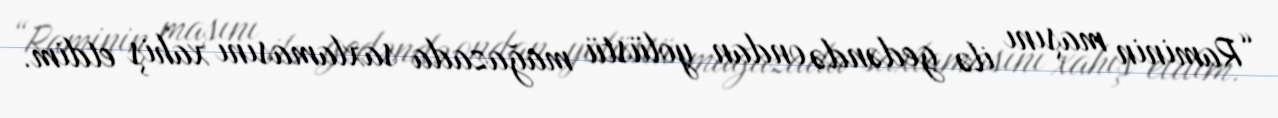
“Raminin maşını ilə gedəndə ondan yolüstü mağazada saxlamasını xahiş etdim.